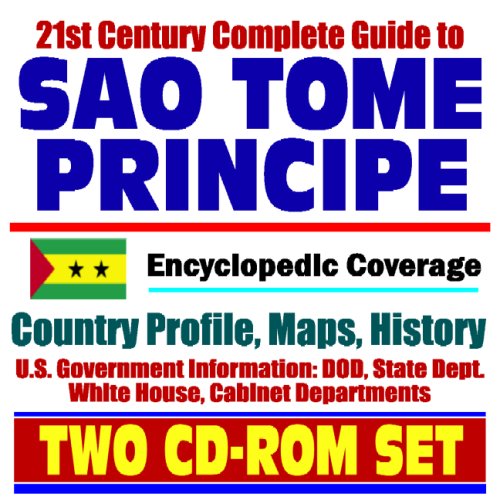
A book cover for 21st Century Complete Guide to Sao Tome and Principe (the Independent State of Sao Tome and Principe) - Encyclopedic Coverage, Country Profile, ... White House, CIA Factbook (Two CD-ROM Set); U.S. Government; Travel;